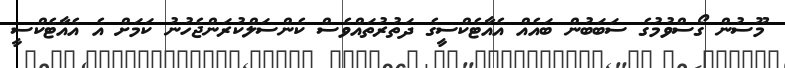
މޫސުން ގޯސްވުމުގެ ސަބަބުން ބައެއް އެއާޓެކްސީގެ ދަތުރުތައްވެސް ކެންސަލްކުރަންޖެހުނު ކަމަށް އެ އެއާޓެކްސީ